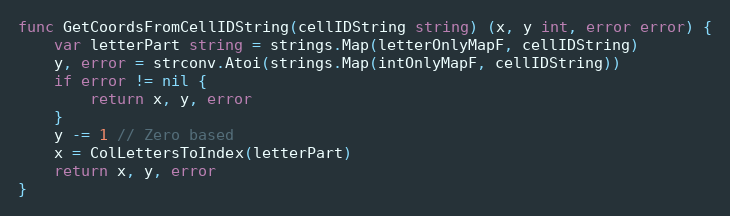
Language: Go
func GetCoordsFromCellIDString(cellIDString string) (x, y int, error error) {
	var letterPart string = strings.Map(letterOnlyMapF, cellIDString)
	y, error = strconv.Atoi(strings.Map(intOnlyMapF, cellIDString))
	if error != nil {
		return x, y, error
	}
	y -= 1 // Zero based
	x = ColLettersToIndex(letterPart)
	return x, y, error
}